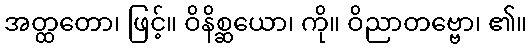
အတ္ထတော၊ ဖြင့်။ ဝိနိစ္ဆယော၊ ကို။ ဝိညာတဗ္ဗော၊ ၏။